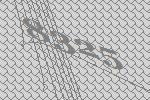
8325